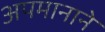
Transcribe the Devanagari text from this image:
अपमानाने